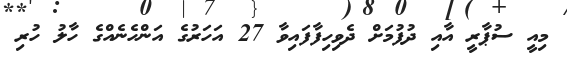
މިއީ ސުޕާރީ އާއި ދުފުމަށް ދެވިހިފާފައިވާ 27 އަހަރުގެ އަންހެނެއްގެ ހާލު ހުރި